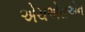
એચએસએન